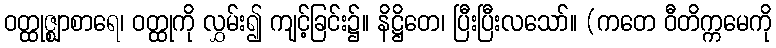
ဝတ္ထုဇ္ဈာစာရေ၊ ဝတ္ထုကို လွှမ်း၍ ကျင့်ခြင်း၌။ နိဋ္ဌိတေ၊ ပြီးပြီးလသော်။ (ကတေ ဝီတိက္ကမေကို